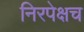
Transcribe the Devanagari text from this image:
निरपेक्षच